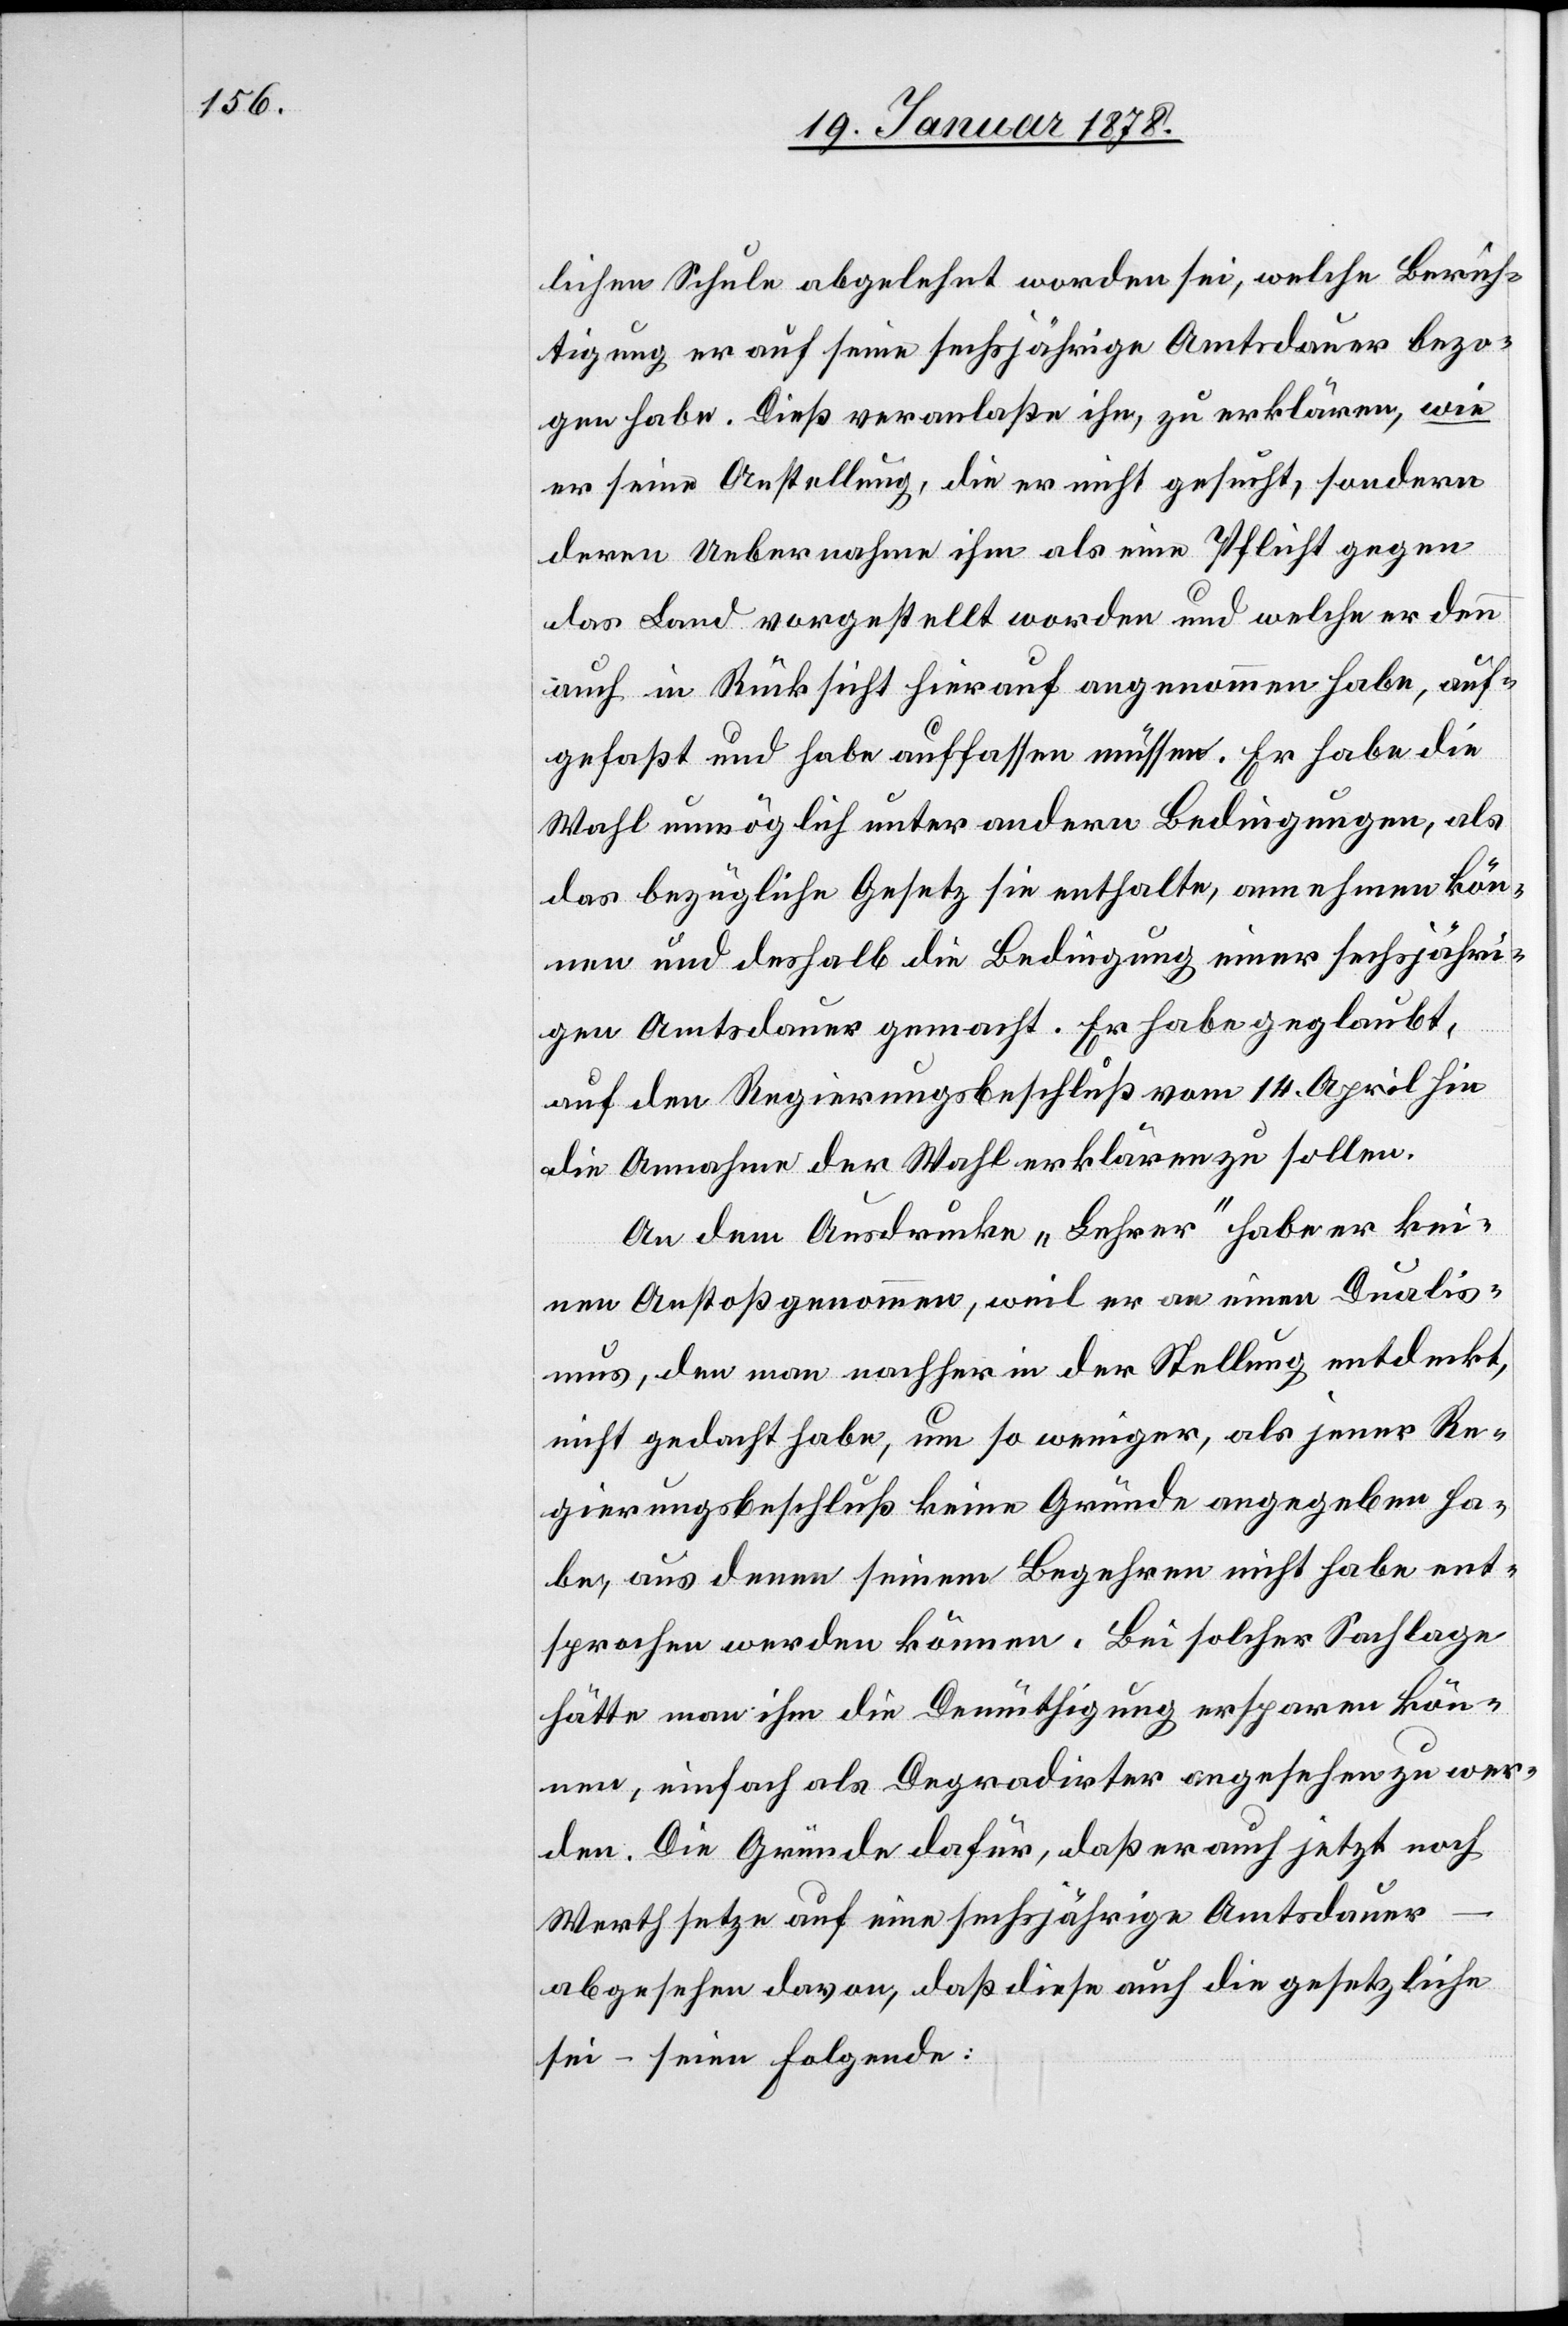
lichen Schule abgelehnt worden sei, welche Berech¬
tigung er auf seine sechsjährige Amtsdauer bezo¬
gen habe. Dies veranlaßte ihn, zu erklären, wie
er seine Anstellung, die er nicht gesucht, sondern
deren Uebernahme ihm als eine Pflicht gegen
das Land vorgestellt worden und welche er denn
auch in Rücksicht hierauf angenommen habe, auf¬
gefaßt und habe auffassen müssen. Er habe die
Wahl unmöglich unter andern Bedingungen, als
das bezügliche Gesetz sie enthalte, annehmen kön¬
nen und deshalb die Bedingung einer sechsjähri¬
gen Amtsdauer gemacht. Er habe geglaubt,
auf den Regierungsbeschluß vom 14. April hin
die Annahme der Wahl erklären zu sollen.
An dem Ausdrucke „Lehrer“ habe er kei¬
nen Anstoß genommen, weil er an einen Dualis¬
mus, den man nachher in der Stellung entdeckt,
nicht gedacht habe, um so weniger, als jener Re¬
gierungsbeschluß keine Gründe angegeben ha¬
be, aus denen seinem Begehren nicht habe ent¬
sprochen werden können. Bei solcher Sachlage
hätte man ihm die Demütigung ersparen kön¬
nen, einfach als Degradirter angesehen zu wer¬
den. Die Gründe dafür, daß er auch jetzt noch
Werth setze auf eine sechsjährige Amtsdauer
abgesehen davon, daß diese auch die gesetzliche
sei – seien folgende: